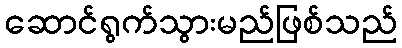
ဆောင်ရွက်သွားမည်ဖြစ်သည်